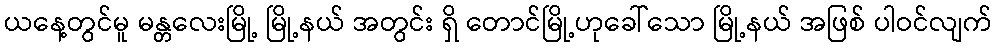
ယနေ့တွင်မူ မန္တလေးမြို့ မြို့နယ် အတွင်း ရှိ တောင်မြို့ဟုခေါ်သော မြို့နယ် အဖြစ် ပါဝင်လျက်